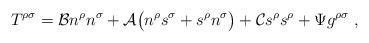
LaTeX: \begin{align*}T^{\rho\sigma}={\cal B}n^\rho n^\sigma +{\cal A}\big( n^{\rho} s^{\sigma} +s^{\rho} n^{\sigma}\big)+{\cal C}s^\rho s^\rho +\Psi g^{\rho\sigma}\ , \end{align*}